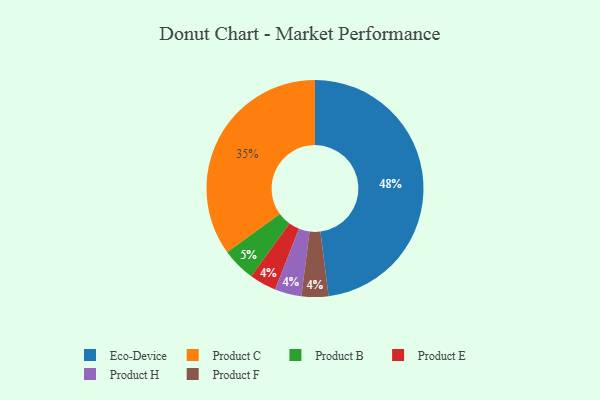
{"axis": {"x": "Category", "y": "Percentage"}, "legend": ["Eco-Device", "Product B", "Product C", "Product E", "Product F", "Product H"], "data": [{"x": "Product E", "y": 4, "type": "Product E"}, {"x": "Product C", "y": 35, "type": "Product C"}, {"x": "Eco-Device", "y": 48, "type": "Eco-Device"}, {"x": "Product H", "y": 4, "type": "Product H"}, {"x": "Product B", "y": 5, "type": "Product B"}, {"x": "Product F", "y": 4, "type": "Product F"}]}